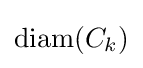
\operatorname {diam} (C_{k})